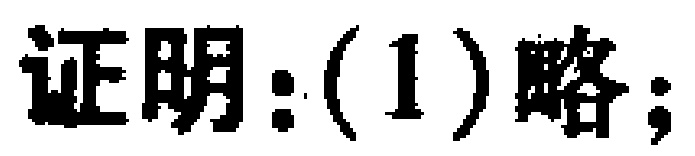
证明：(1)略；